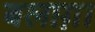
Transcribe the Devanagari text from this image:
बलाग़ा